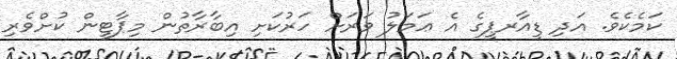
ކަމެކެވެ. އަދި ޑީއާރޕީގެ އެ ޢަމަލު ވަރަށް ހަރުކަށި އިބާރާތުން މިޕާޓީން ކުށްވެރި